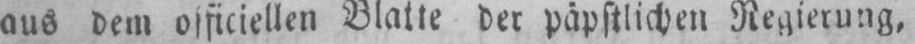
Regierung,